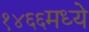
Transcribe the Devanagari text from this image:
१४६६मध्ये